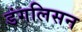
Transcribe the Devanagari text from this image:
डंगलिसन